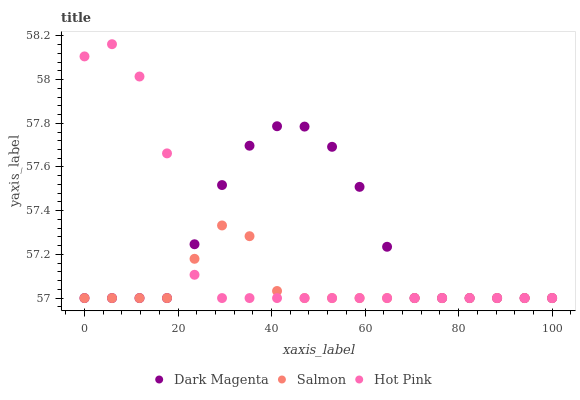
| xaxis_label | Dark Magenta | Salmon | Hot Pink |
 | --- | --- | --- | --- |
 | 0 | 57 | 57 | 58.1 |
 | 5.88 | 57 | 57 | 58.2 |
 | 11.8 | 57 | 57 | 58 |
 | 17.6 | 57 | 57 | 57.7 |
 | 23.5 | 57.2 | 57.2 | 57.1 |
 | 29.4 | 57.5 | 57.3 | 57 |
 | 35.3 | 57.7 | 57.3 | 57 |
 | 41.2 | 57.8 | 57 | 57 |
 | 47.1 | 57.8 | 57 | 57 |
 | 52.9 | 57.7 | 57 | 57 |
 | 58.8 | 57.5 | 57 | 57 |
 | 64.7 | 57.2 | 57 | 57 |
 | 70.6 | 57 | 57 | 57 |
 | 76.5 | 57 | 57 | 57 |
 | 82.4 | 57 | 57 | 57 |
 | 88.2 | 57 | 57 | 57 |
 | 94.1 | 57 | 57 | 57 |
 | 100 | 57 | 57 | 57 |